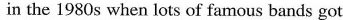
in the 1980s when lots of famous bands got